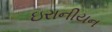
ઇરાનીયન